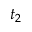
t _ { 2 }